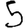
Digit: 5